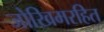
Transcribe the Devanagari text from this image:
जोखिमरहित